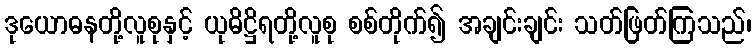
ဒုယောဓနတို့လူစုနှင့် ယုဓိဋ္ဌိရတို့လူစု စစ်တိုက်၍ အချင်းချင်း သတ်ဖြတ်ကြသည်၊